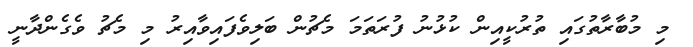
މި މުބާރާތުގައި ތުރުކީއިން ކުޅުނު ފުރަތަމަ މެޗުން ބަލިވެފައިވާއިރު މި މެޗު ވެގެންދާނީ